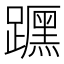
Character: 𲄈